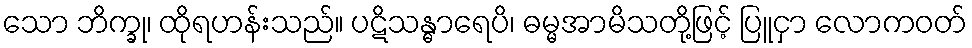
သော ဘိက္ခု၊ ထိုရဟန်းသည်။ ပဋိသန္ဓာရေပိ၊ ဓမ္မအာမိသတို့ဖြင့် ပြူငှာ လောကဝတ်